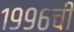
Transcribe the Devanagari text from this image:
१९९६ची